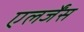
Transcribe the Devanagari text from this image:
एलर्जेंस